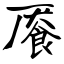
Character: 餍